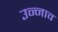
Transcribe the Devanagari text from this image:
उन्‍नाव